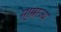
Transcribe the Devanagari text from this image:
सा्म्राज्य